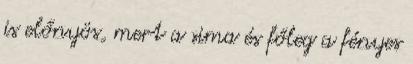
is előnyös, mert a sima és főleg a fényes